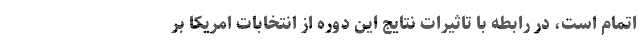
اتمام است، در رابطه با تاثیرات نتایج این دوره از انتخابات امریکا بر